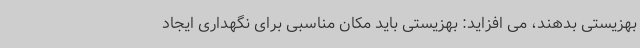
بهزیستی بدهند، می افزاید: بهزیستی باید مکان مناسبی برای نگهداری ایجاد